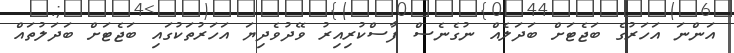
އަންނަ އަހަރުގެ ބަޖެޓަށް ބަދަލެއް ނުގެނެސް ފާސްކުރިއިރު ވޭދުވެދިޔަ އަހަރުތަކުގައި ބަޖެޓަށް ބަދަލުތައް